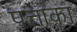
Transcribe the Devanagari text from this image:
पत्ताका